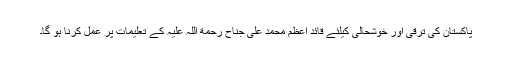
پاکستان کی ترقی اور خوشحالی کیلئے قائد اعظم محمد علی جناح رحمة اللہ علیہ کے تعلیمات پر عمل کرنا ہو گا۔